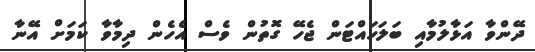
ދޭންވާ އަޅާލުމާއި ބަލަހައްޓަން ޖެހޭ ގޮތުން ވެސް އެހެން ދިމާވާ ކަމަށް އޭނާ